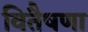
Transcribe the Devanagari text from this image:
वितैषणा